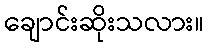
ချောင်းဆိုးသလား။